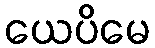
ယေပိမေ